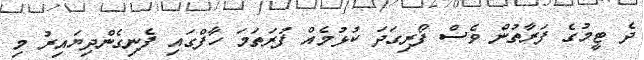
ދެ ޓީމުގެ ފަރާތުން ވެސް ފޯރިގަދަ ކުޅުމެއް ފުރަތަމަ ހާފްގައި ފެނިގެންދިޔައިރު މި